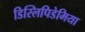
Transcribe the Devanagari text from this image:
डिस्लिपिडेमिया